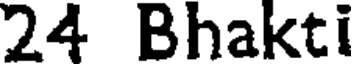
24 Bhakti